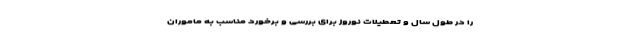
را در طول سال و تعطیلات نوروز برای بررسی و برخورد مناسب به ماموران